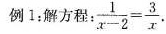
例1；解方程； $$\frac{1}{x-2}= \frac{3}{x}$$